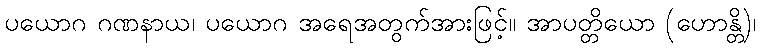
ပယောဂ ဂဏနာယ၊ ပယောဂ အရေအတွက်အားဖြင့်။ အာပတ္တိယော (ဟောန္တိ)၊